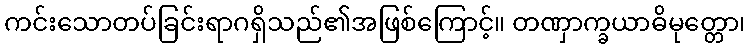
ကင်းသောတပ်ခြင်းရာဂရှိသည်၏အဖြစ်ကြောင့်။ တဏှာက္ခယာဓိမုတ္တော၊